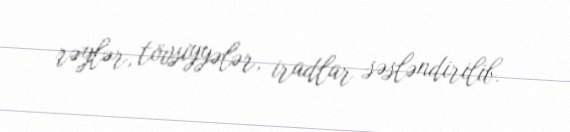
rəylər, tövsiyyələr, iradlar səsləndirilib.